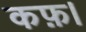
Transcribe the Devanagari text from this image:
कफ़।